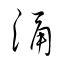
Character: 涌